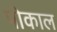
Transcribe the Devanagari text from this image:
पोकाल